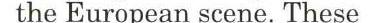
The European scene. These